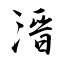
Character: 溍